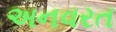
અનવરત